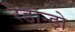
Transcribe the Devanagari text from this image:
रेडोन्ड़ो